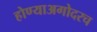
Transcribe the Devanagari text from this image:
होण्याअगोदरच